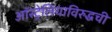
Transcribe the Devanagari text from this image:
ऑस्ट्रेलियाविरुद्धची